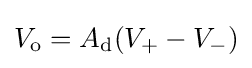
V_{\mathrm {o} }=A_{\mathrm {d} }(V_{+}-V_{-})